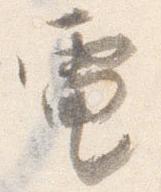
電